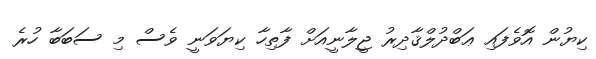
ކިޔުން އޮވެފައި ޢަބްދުލްޤާދިރު ޖީލާނީއަށް ފާތިހާ ކިޔަވަނީ ވެސް މި ސަބަބާ ހުރެ